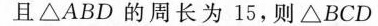
且\triangle ABD的周长为15，则△BCD